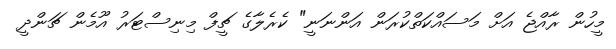
މީހުން ރާއްޖެ އަށް މަސައްކަތްކުރަން އަންނަނީ" ކެރެލާގެ ޗީފް މިނިސްޓަރު އޫމެން ޗަންދީ